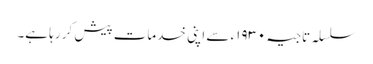
سلسلہ تاجیہ ١٩٣٠ء سے اپنی خدمات پیش کر رہا ہے۔